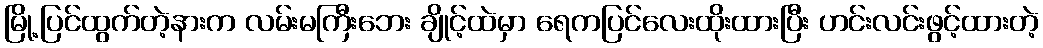
မြို့ပြင်ထွက်တဲ့နားက လမ်းမကြီးဘေး ချိုင့်ထဲမှာ ရေကပြင်လေးထိုးထားပြီး ဟင်းလင်းဖွင့်ထားတဲ့